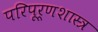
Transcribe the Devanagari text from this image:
परिपूर्णशास्त्र